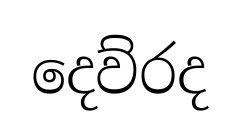
දෙව්රද